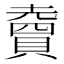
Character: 𧷏